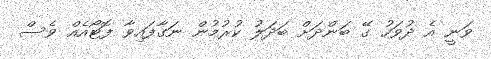
ވަނީ އެ ދުވަހު ގޭ ބަންދަށް ބަދަލު ކުރުމުން ނަގާފައިވާ ފޮޓޯއެއް ވެސް